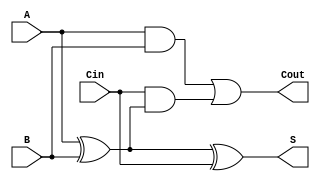
module FullAdder(
    input A,
    input B,
    input Cin,
    output S,
    output Cout
);
    // Sum output
    assign S = A ^ B ^ Cin;
    // Carry output
    assign Cout = (A & B) | (Cin & (A ^ B));
endmodule